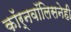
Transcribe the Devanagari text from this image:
कॉर्नवॉलिसनेही